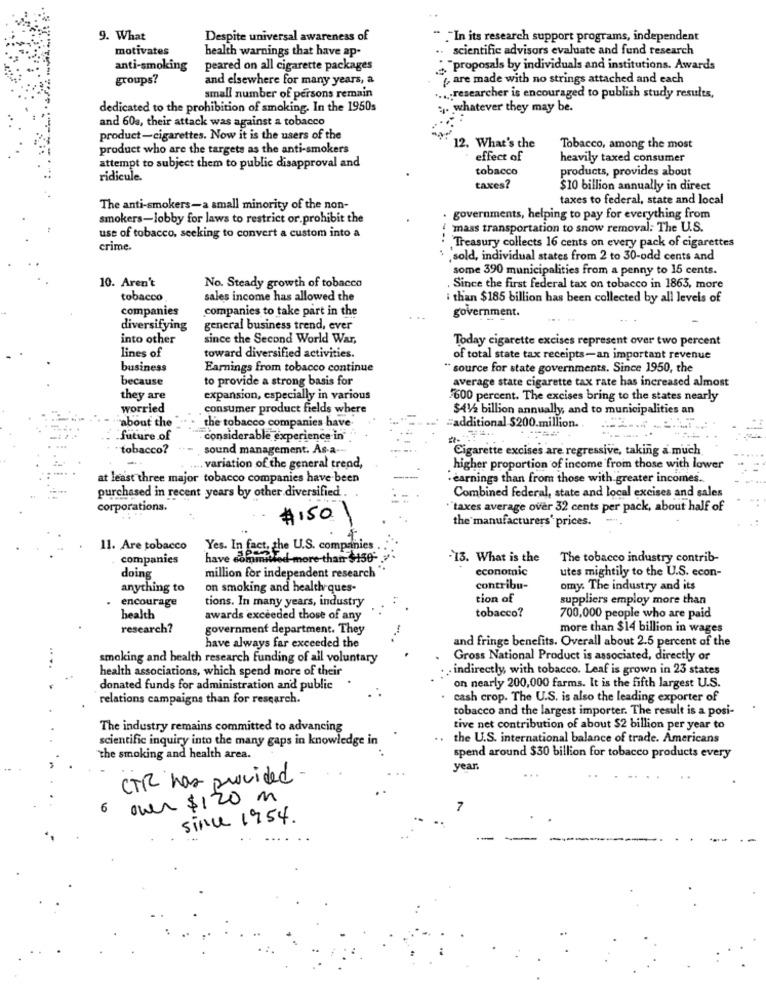
9. What
Despite universal awareness of
" In its research support programs, independent
motivates
health warnings that have ap-
scientific advisors evaluate and fund research
anti-smoking
peared on all cigarette packages
Proposals by individuals and institutions. Awards
groups?
and elsewhere for many years, a
are made with no strings attached and each
small number of persons remain
.... researcher is encouraged to publish study results,
dedicated to the prohibition of smoking. In the 1950s
:. whatever they may be.
and 60a, their attack was against a tobacco
product-cigarettes. Now it is the users of the
product who are the targets as the anti-smokers
12. What's the
Tobacco, among the most
effect of
heavily taxed consumer
attempt to subject them to public disapproval and
tobacco
products, provides about
ridicule.
taxes?
$10 billion annually in direct
taxes to federal, state and local
The anti-smokers-a small minority of the non-
smokers-lobby for laws to restrict or. prohibit the
governments, helping to pay for everything from
mass transportation to snow removal: The U.S.
use of tobacco, seeking to convert a custom into a
...
crime.
Treasury collects 16 cents on every pack of cigarettes
'sold, individual states from 2 to 30-odd cents and
some 390 municipalities from a penny to 15 cents.
10. Aren't
No. Steady growth of tobacco
Since the first federal tax on tobacco in 1863, more
tobacco
sales income has allowed the
i than $185 billion has been collected by all levels of
companies
companies to take part in the
government.
diversifying
general business trend, ever
into other
since the Second World War,
Today cigarette excises represent over two percent
lines of
toward diversified activities.
of total state tax receipts-an important revenue
business
Earnings from tobacco continue
" source for state governments. Since 1950, the
because
to provide a strong basis for
average state cigarette tax rate has increased almost
they are
expansion, especially in various
600 percent. The excises bring to the states nearly
worried
consumer product fields where
$41/2 billion annually, and to municipalities an
"about the
the tobacco companies have-
"additional $200.million.
future of
considerable experience in"
tobacco?
sound management. As-a-
Cigarette excises are regressive, taking a much
. variation of the general trend,
higher proportion of income from those with lower
at least three major tobacco companies have been
. earnings than from those with greater incomes ..
purchased in recent years by other diversified
Combined federal, state and local excises and sales
corporations.
"taxes average over 32 cents per pack, about half of
$150.
the manufacturers' prices.
11. Are tobacco
Yes. In fact, the U.S. companies
companies
have committed-
od-more than $150-
.13. What is the
The tobacco industry contrib-
economic
utes mightily to the U.S. econ-
doing
million for independent research
anything to
on smoking and health ques-
contribu-
omy. The industry and its
encourage
tions. In many years, industry
tion of
suppliers employ more than
health
awards exceeded those of any
tobacco?
700,000 people who are paid
research?
government department. They
more than $14 billion in wages
and fringe benefits. Overall about 2.5 percent of the
have always far exceeded the
smoking and health research funding of all voluntary
Gross National Product is associated, directly or
health associations, which spend more of their
. indirectly, with tobacco. Leaf is grown in 23 states
donated funds for administration and public
on nearly 200,000 farms. It is the fifth largest U.S.
relations campaigns than for research.
cash crop. The U.S. is also the leading exporter of
tobacco and the largest importer. The result is a posi-
The industry remains committed to advancing
tive net contribution of about $2 billion per year to
scientific inquiry into the many gaps in knowledge in
the U.S. international balance of trade. Americans
"The smoking and health area.
spend around $30 billion for tobacco products every
year.
CTR has provided
over $ 120 m
6
since 1954.